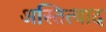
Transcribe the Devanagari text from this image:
अस्तित्वाद